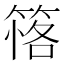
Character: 𥯚